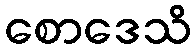
စောဒေသိ